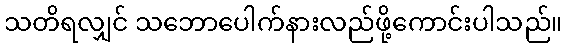
သတိရလျှင် သဘောပေါက်နားလည်ဖို့ကောင်းပါသည်။